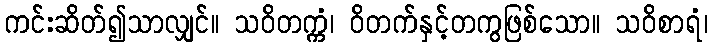
ကင်းဆိတ်၍သာလျှင်။ သဝိတက္ကံ၊ ဝိတက်နှင့်တကွဖြစ်သော။ သဝိစာရံ၊